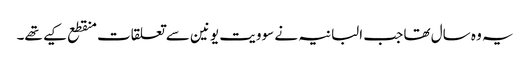
یہ وہ سال تھا جب البانیہ نے سوویت یونین سے تعلقات منقطع کیے تھے۔